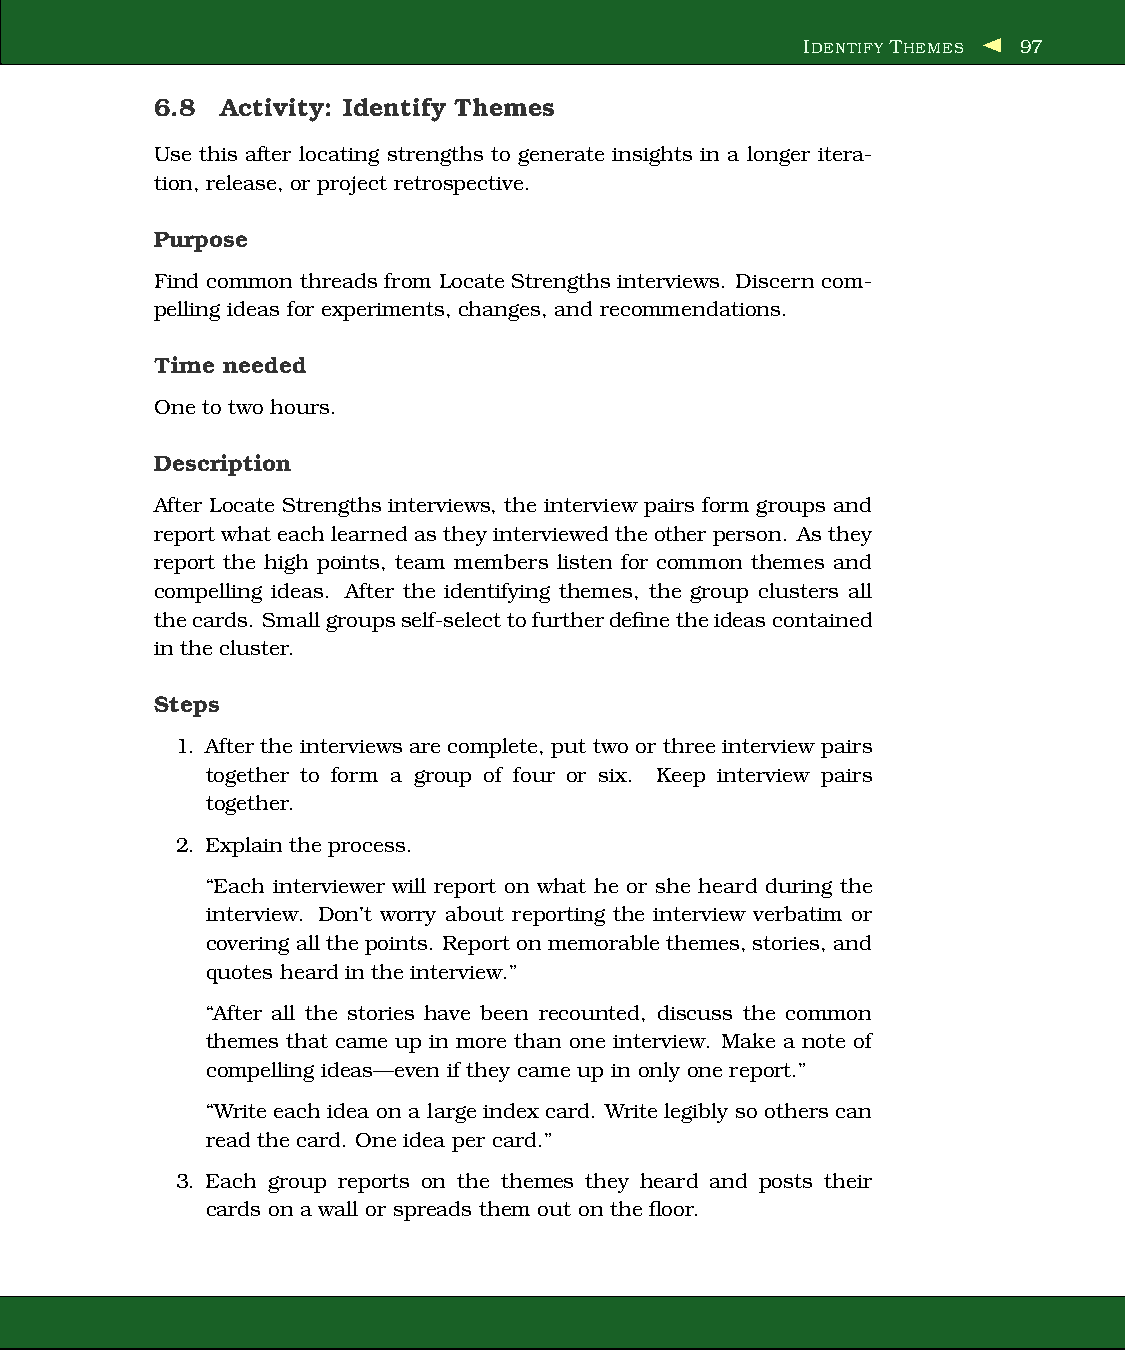
IDENTIFY THEMES 97
 6.8  Activity: Identify Themes
 Use this after locating strengths to generate insights in a longer itera-
 tion, release, or project retrospective.
 Purpose
 Find common threads from Locate Strengths interviews. Discern com-
 pelling ideas for experiments, changes, and recommendations.
 Time needed
 One to two hours.
 Description
 After Locate Strengths interviews, the interview pairs form groups and
 reportwhat each learnedas they interviewedtheother person. As they
 report the high points, team members listen for common themes and
 compelling ideas. After the identifying themes, the group clusters all
 thecards. Smallgroupsself-selecttofurtherdefinetheideascontained
 in the cluster.
 Steps
 1. After the interviewsare complete, put two or threeinterview pairs
 together to form a group of four or six. Keep interview pairs
 together.
 2. Explain the process.
 “Each interviewer will report on what he or she heard during the
 interview. Don’t worry about reporting the interview verbatim or
 covering all thepoints. Report on memorable themes,stories, and
 quotes heard in the interview.”
 “After all the stories have been recounted, discuss the common
 themes that came up in more than one interview. Make a note of
 compelling ideas—even if they came up in only one report.”
 “Writeeach idea on a large index card. Writelegibly so others can
 read the card. One idea per card.”
 3. Each group reports on the themes they heard and posts their
 cards on a wall or spreads them out on the floor.